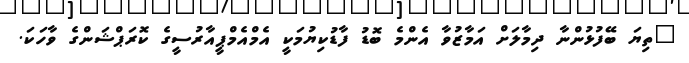
"ތިޔަ ބޭފުޅުންނާ ދިމާލަށް އަމާޒުވާ އެންމެ ބޮޑު ފާޑުކިޔުމަކީ އެމްއެމްޕީއާރުސީގެ ކޮރަޕްޝަންގެ ވާހަކަ.